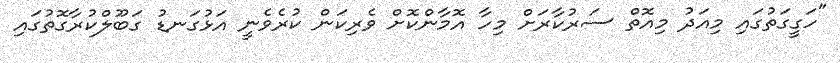
"ހަގީގަތުގައި މިއަދު މިއޮތް ސަރުކާރަށް މިހާ އޮމާންކޮށް ވެރިކަން ކުރެވެނީ އަޅުގަނޑު ގަބޫލްކުރާގޮތުގައި